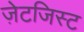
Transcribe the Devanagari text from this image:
ज़ेटजिस्ट